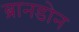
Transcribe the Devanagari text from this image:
ब्रानडोन